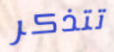
تتذكر